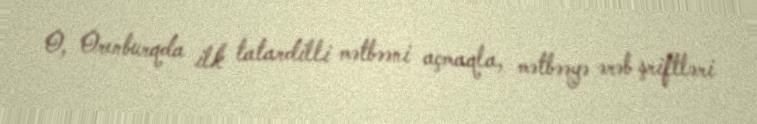
O, Orenburqda ilk tatardilli mətbəəni açmaqla, mətbəəyə ərəb şriftləri